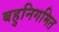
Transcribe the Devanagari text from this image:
बहुनिगमित